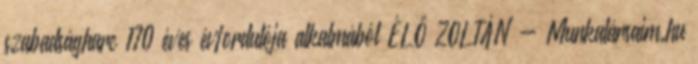
szabadságharc 170 éves évfordulója alkalmából ÉLŐ ZOLTÁN - Munkatársaim.hu